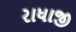
રાધાજી